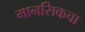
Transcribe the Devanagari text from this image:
मानसिकचा